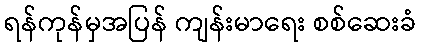
ရန်ကုန်မှအပြန် ကျန်းမာရေး စစ်ဆေးခံ